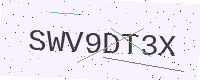
Text: SWV9DT3X